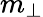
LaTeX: m_{\perp}